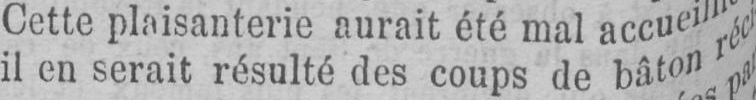
il en serait résulté des coups de bâton réci